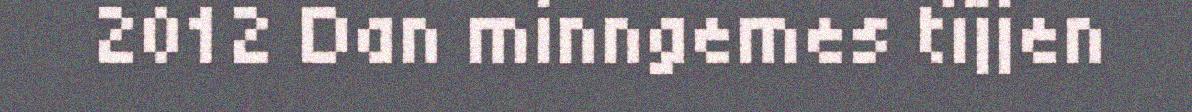
2012 Dan minngemes tïjjen